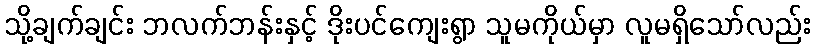
သို့ချက်ချင်း ဘလက်ဘန်းနှင့် ဒိုးပင်ကျေးရွာ သူမကိုယ်မှာ လူမရှိသော်လည်း